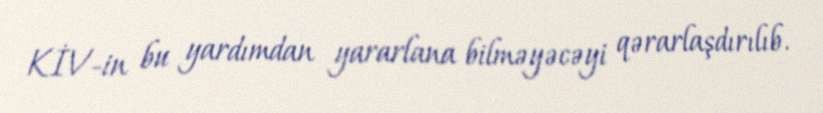
KİV-in bu yardımdan yararlana bilməyəcəyi qərarlaşdırılıb.